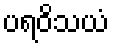
ပရဝိသယံ